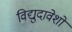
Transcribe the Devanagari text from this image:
विद्युदावेशों